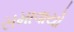
સમાવાયો